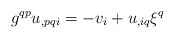
\begin{align*}g^{qp}u_{,pqi}=-v_i+u_{,iq}\xi^q\end{align*}